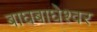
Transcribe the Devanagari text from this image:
बाघबाघेश्वर